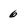
Character: 6